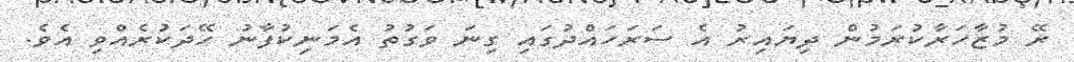
ރޭ މުޒާހަރާކުރަމުން ދިޔައިރު އެ ސަރަހައްދުގައި ގިނަ ވަގުތު އެމަނިކުފާނު ހޭދަކުރެއްވި އެވެ.